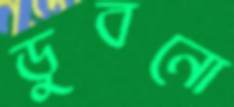
ডুবনো